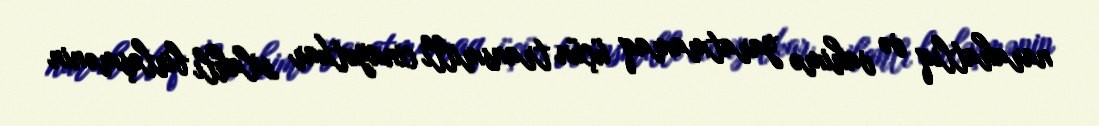
narahatlıq və vahimə yaratmamaq üçün transmilli cinayətkar silahlı birləşmənin